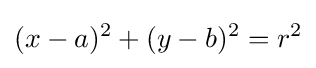
(x-a)^{2}+(y-b)^{2}=r^{2}